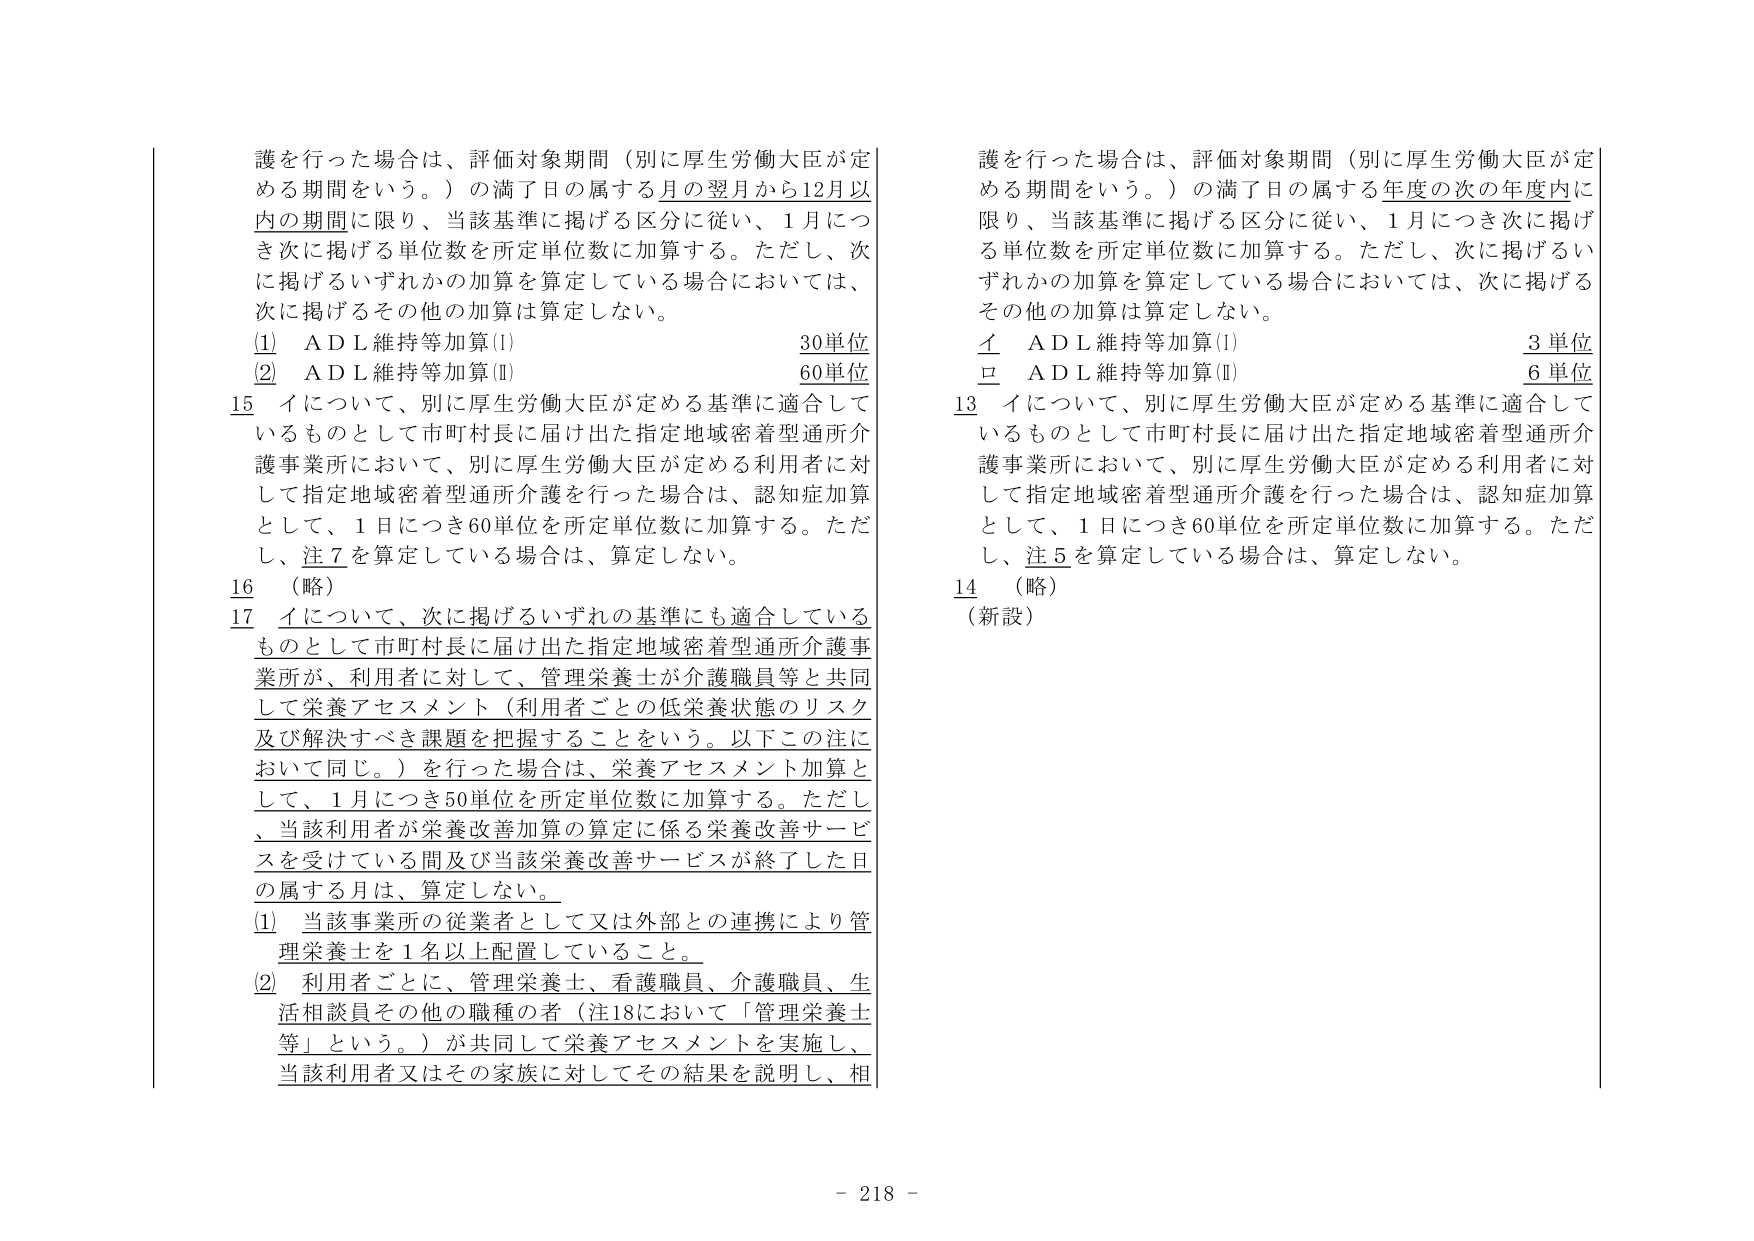
護を行った場合は、評価対象期間（別に厚生労働大臣が定める期間をいう。）の満了日の属する月の翌月から12月以内の期間に限り、当該基準に掲げる区分に従い、1月につき次に掲げる単位数を所定単位数に加算する。ただし、次に掲げるいずれかの加算を算定している場合においては、次に掲げるその他の加算は算定しない。

(1)　ＡＤＬ維持等加算(Ⅰ)　　　　　　　　　　　30単位
(2)　ＡＤＬ維持等加算(Ⅱ)　　　　　　　　　　　60単位

15　イについて、別に厚生労働大臣が定める基準に適合しているものとして市町村長に届け出た指定地域密着型通所介護事業所において、別に厚生労働大臣が定める利用者に対して指定地域密着型通所介護を行った場合は、認知症加算として、1日につき60単位を所定単位数に加算する。ただし、注7を算定している場合は、算定しない。

16　（略）

17　イについて、次に掲げるいずれの基準にも適合しているものとして市町村長に届け出た指定地域密着型通所介護事業所が、利用者に対して、管理栄養士が介護職員等と共同して栄養アセスメント（利用者ごとの低栄養状態のリスク及び解決すべき課題を把握することをいう。以下この注において同じ。）を行った場合は、栄養アセスメント加算として、1月につき50単位を所定単位数に加算する。ただし、当該利用者が栄養改善加算の算定に係る栄養改善サービスを受けている間及び当該栄養改善サービスが終了した日の属する月は、算定しない。

(1)　当該事業所の従業者として又は外部との連携により管理栄養士を1名以上配置していること。

(2)　利用者ごとに、管理栄養士、看護職員、介護職員、生活相談員その他職種の者（注18において「管理栄養士等」という。）が共同して栄養アセスメントを実施し、当該利用者又はその家族に対してその結果を説明し、相

護を行った場合は、評価対象期間（別に厚生労働大臣が定める期間をいう。）の満了日の属する年度の次の年度内に限り、当該基準に掲げる区分に従い、1月につき次に掲げる単位数を所定単位数に加算する。ただし、次に掲げるいずれかの加算を算定している場合においては、次に掲げるその他の加算は算定しない。

イ　ＡＤＬ維持等加算(Ⅰ)　　　　　　　　　　　3単位
ロ　ＡＤＬ維持等加算(Ⅱ)　　　　　　　　　　　6単位

13　イについて、別に厚生労働大臣が定める基準に適合しているものとして市町村長に届け出た指定地域密着型通所介護事業所において、別に厚生労働大臣が定める利用者に対して指定地域密着型通所介護を行った場合は、認知症加算として、1日につき60単位を所定単位数に加算する。ただし、注5を算定している場合は、算定しない。

14　（略）
（新設）

- 218 -